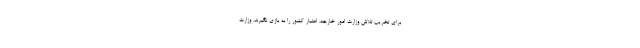
برای تخریب تلاش وزارت امور خارجه، اعتبار کشور را به بازی نگیرند. وزارت